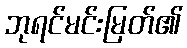
ဘုရင်မင်းမြတ်၏